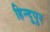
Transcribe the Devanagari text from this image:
हिन्दूपुर